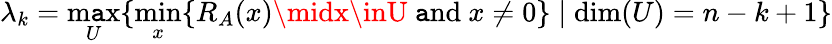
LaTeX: \lambda_{k}=\operatorname*{m\mathtt{a}x}_{U}\{ \operatorname*{min}_{x}\{ R_{A}(x)\midx\inU{\mathrm{{~\mathtt{a}nd~}}}x\neq0\} \mid\dim(U)=n-k+1\}